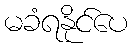
မခံရနိုင်ပေ